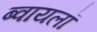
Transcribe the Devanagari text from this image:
ब्वायलॉ